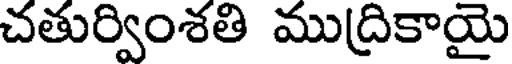
చతుర్వింశతి ముద్రికాయై